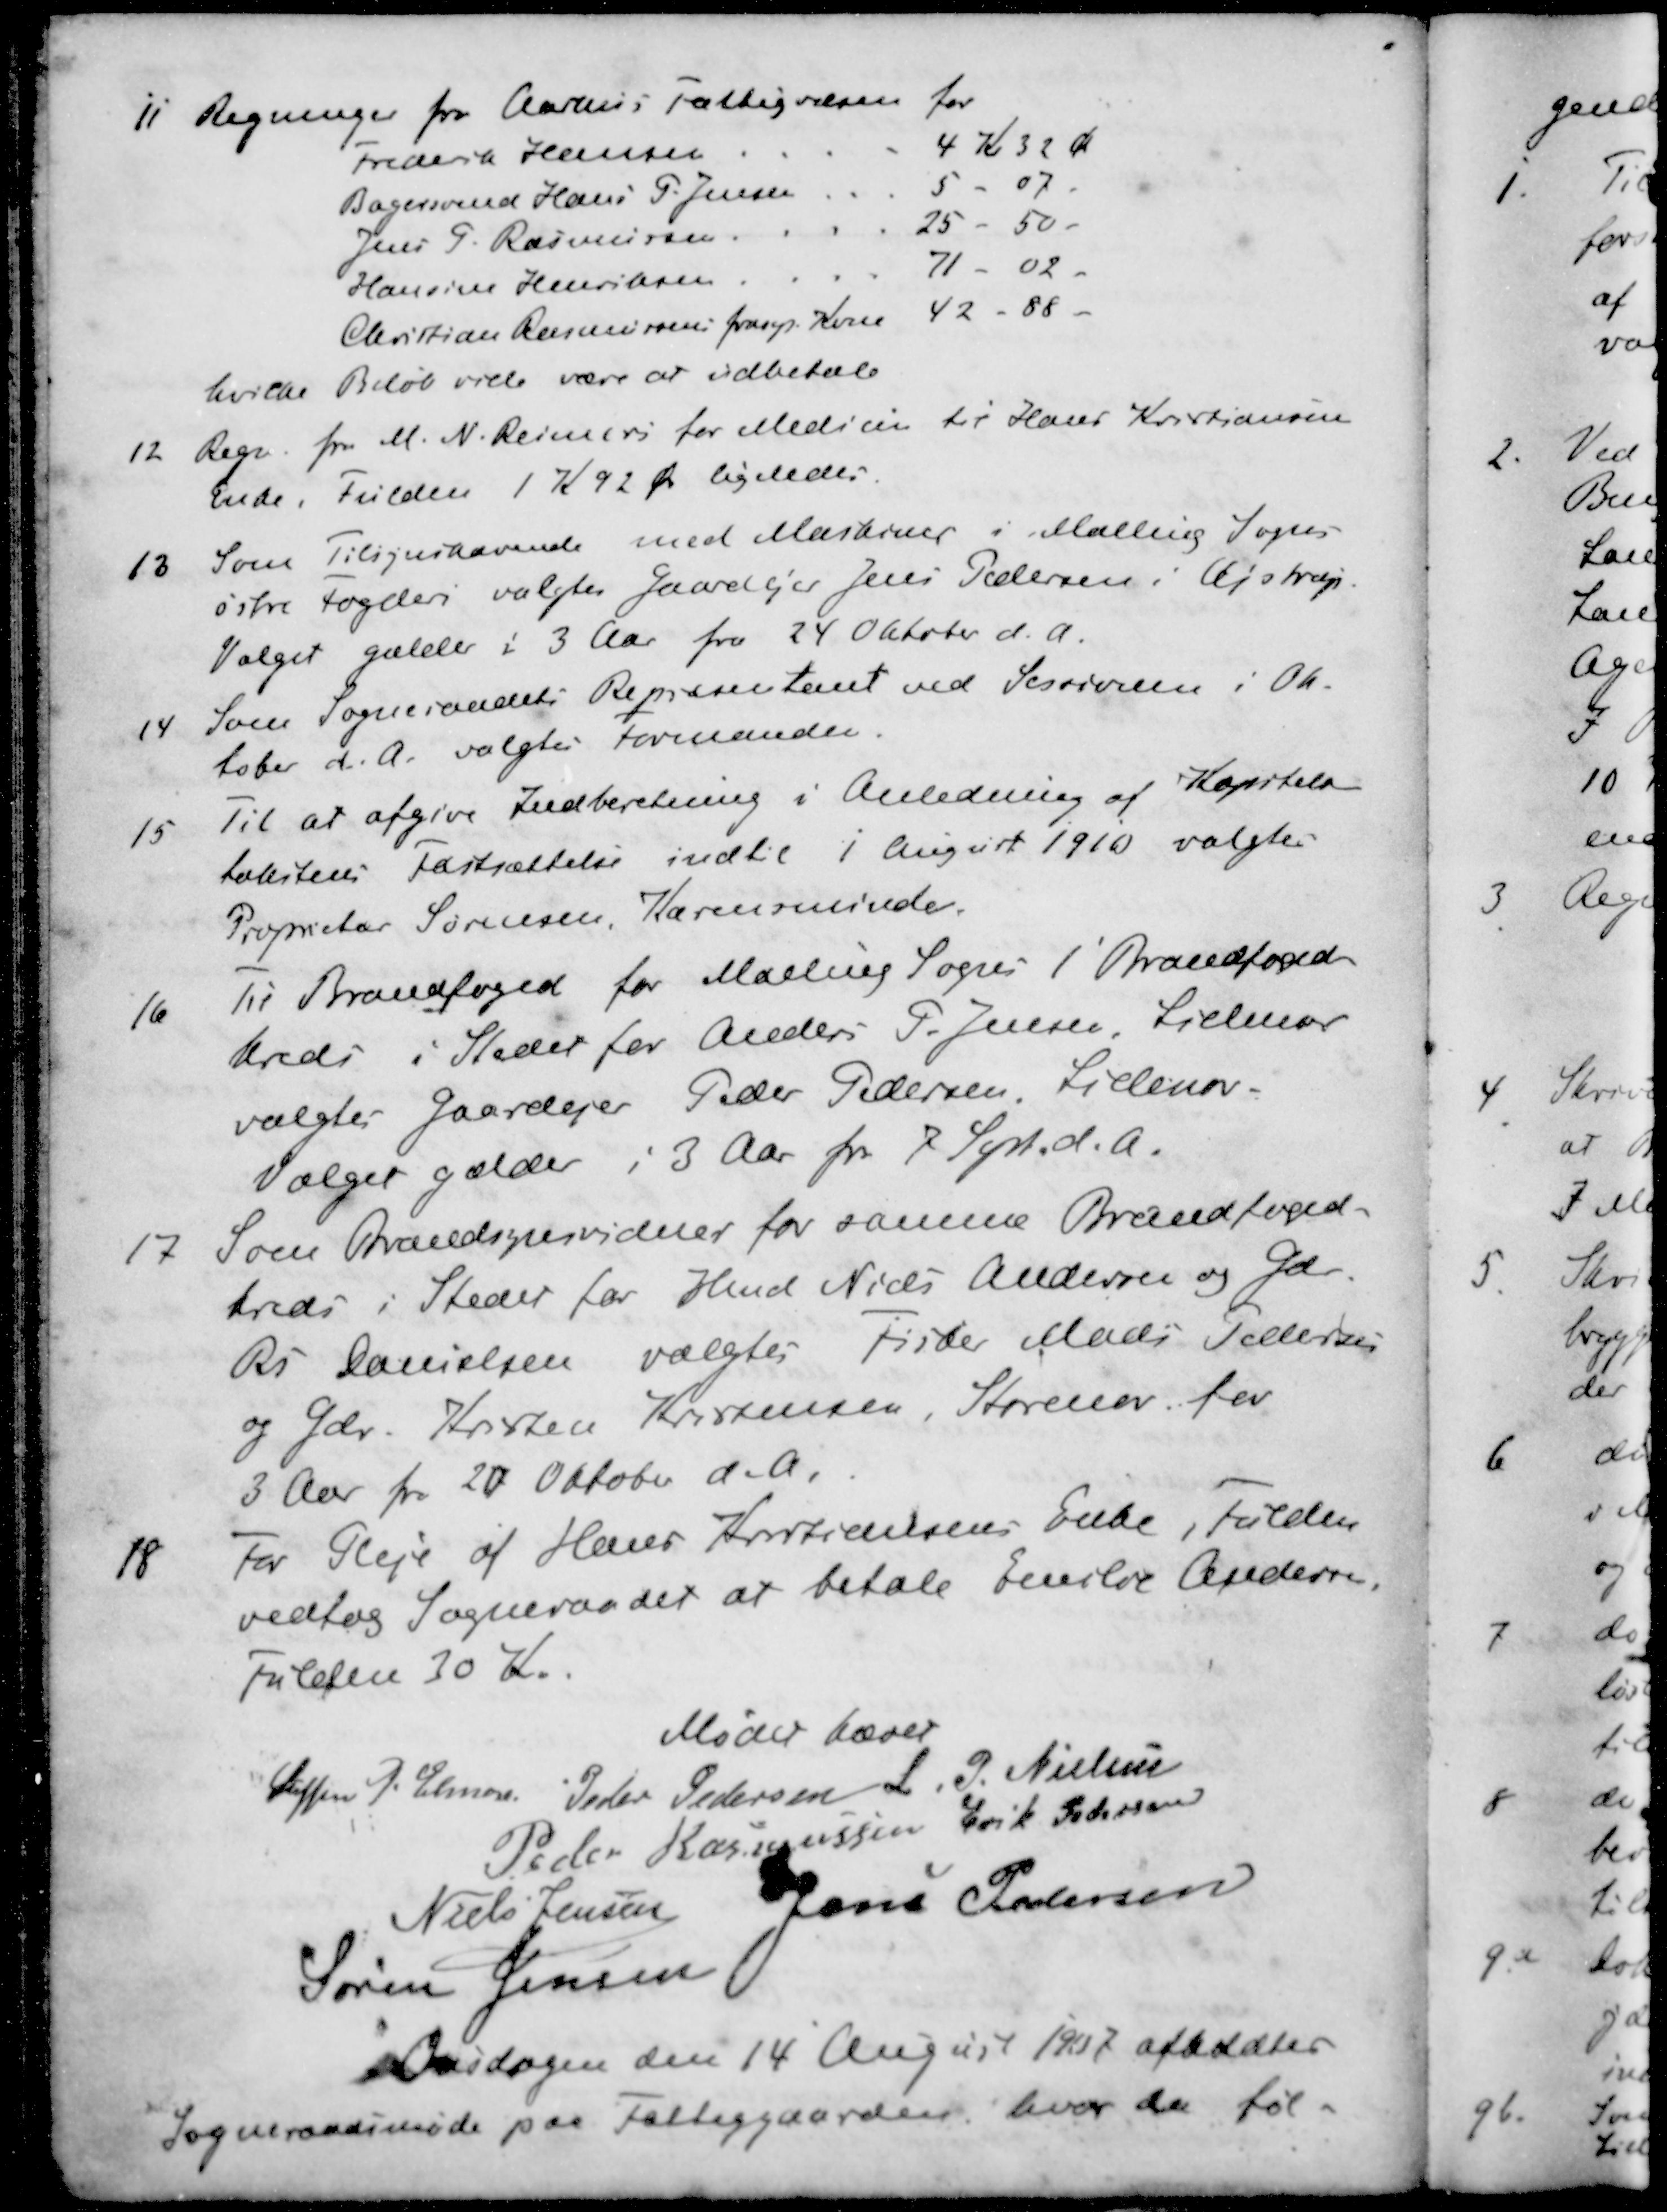
Transskription:
11 Regninger fra Aarhus Fattigvæsen for
Frederik Hansen
4 Kr 32 Ø
Bagersvend Hans P. Jensen
5 - 07 -
Jens P. Rasmussen
25 - 50 -
Hansine Henriksen
71 - 02 -
Christian Rasmussens fraspr. Kone
42 - 88 -
hvilke Beløb ville være at udbetale
12 Regn. fra M. N. Reimers for Medicin til Hans Kristiansen
Enke, Fulden 1 K 92 Øre ligeledes
13 Som Tilsynshavende med Maskiner i Malling Sogns
østre Fogder valgtes Gaardejer Jens Pedersen i Ajstrup.
Valget gælder i 3 Aar fra 24 Oktober d. A.
14 Som Sogneraadets Repræsentant ved Sessionen i Ok-
tober d. A. valgtes Formanden.
15 Til at afgive Indberetning i Anledning af Kapitals
takstens Fastsættelse indtil 1 August 1910 valgtes
Proprietær Sørensen, Karensminde.
16 Til Brandfoged for Malling Sogns 1' Brandfoged-
kreds i Stedet for Anders P. Jensen, Lillenor
valgtes Gaardejer Peder Pedersen Lillenor
Vælger gælder i 3 Aar fra 7 Sept. d. A.
17 Som Brandsynsvidner for samme Brandfoged-
kreds i Steder for Hmd Niels Andersen og Gdr.
Rs. Danielsen valgtes Fisker Mads Pedersen
og Gdr. Kristen Kristensen, Storenor for
3 Aar fra 28 Oktober d. A.
18 For Pleje af Hans Kristiansens Enke, Fulden
vedtog Sogneraadet at betale Emilie Andersen.
Fulden 30 Kr.
Mødet hævet
Steffen P. Elmose
Peder Pedersen
L. P. Nielsen
Peder Rasmussen
Erik Petersen
Niels Jensen
Jens Pedersen
Søren Jensen
Onsdagen den 14 August 1917 afholdtes
Sogneraadsmøde paa Fattiggaarden, hvor da føl-